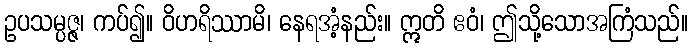
ဥပသမ္ပဇ္ဇ၊ ကပ်၍။ ဝိဟရိဿာမိ၊ နေရအံ့နည်း။ ဣတိ ဧဝံ၊ ဤသို့သောအကြံသည်။